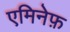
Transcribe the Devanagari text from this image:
एमिनेफ़